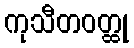
ကုသီတဝတ္ထု